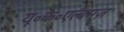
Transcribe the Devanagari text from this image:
यू॰के॰एल्बमज़